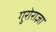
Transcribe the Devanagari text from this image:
गुरोराज्ञा